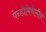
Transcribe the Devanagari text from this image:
पेन्डीमिथेलीन